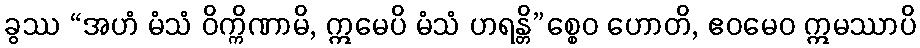
ခွဿ “အဟံ မံသံ ဝိက္ကိဏာမိ, ဣမေပိ မံသံ ဟရန္တိ”စ္စေဝ ဟောတိ, ဧဝမေဝ ဣမဿာပိ